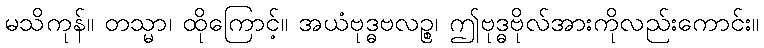
မသိကုန်။ တသ္မာ၊ ထိုကြောင့်။ အယံဗုဒ္ဓဗလဉ္စ၊ ဤဗုဒ္ဓဗိုလ်အားကိုလည်းကောင်း။